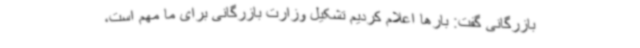
بازرگانی گفت: بارها اعلام کردیم تشکیل وزارت بازرگانی برای ما مهم است،